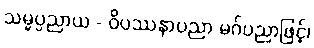
သမ္မပ္ပညာယ - ဝိပဿနာပညာ မဂ်ပညာဖြင့်၊